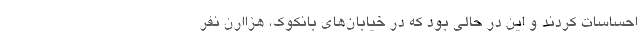
احساسات کردند و این در حالی بود که در خیابان‌های بانکوک، هزاارن نفر